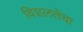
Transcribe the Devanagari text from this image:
विशलतेचा